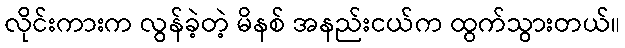
လိုင်းကားက လွန်ခဲ့တဲ့ မိနစ် အနည်းငယ်က ထွက်သွားတယ်။